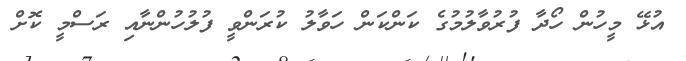
އުޅޭ މީހުން ހޯދާ ފުރުވާލުމުގެ ކަންކަން ހަވާލު ކުރަންވީ ފުލުހުންނާއި ރަސްމީ ކޮށް